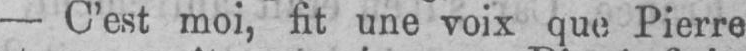
- C’est moi, fit une voix que Pierre